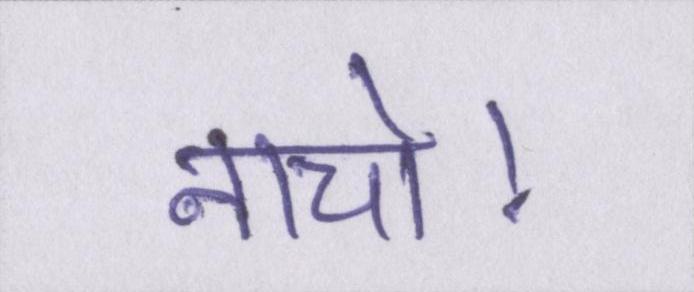
नाचो।